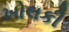
ખોલકી